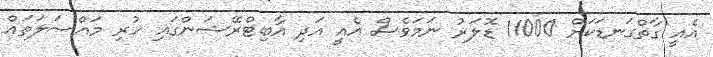
އެއީ ގާތްގަނޑަކަށް 11000 ޑޮލަރު ނަމަވެސް އެއީ އަދި އާބިޓްރޭޝަންގައި ހުރި މައްސަލަތައް